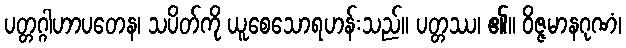
ပတ္တဂ္ဂါဟာပတေန၊ သပိတ်ကို ယူစေသောရဟန်းသည်။ ပတ္တဿ၊ ၏။ ဝိဇ္ဇမာနဂုဏံ၊